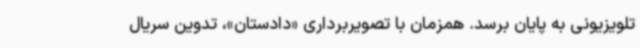
تلویزیونی به پایان برسد. همزمان با تصویربرداری «دادستان»، تدوین سریال